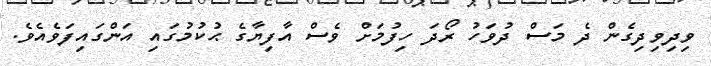
ވިދިވިދިގެން ދެ މަސް ދުވަހު ރޯދަ ހިފުމަށް ވެސް އާފިޔާގެ ޙުކުމުގައި އަންގައިފަވެއެވެ.